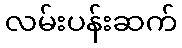
လမ်းပန်းဆက်